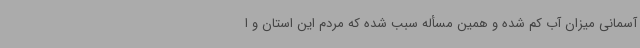
آسمانی میزان آب کم شده و همین مسأله سبب شده که مردم این استان و ا